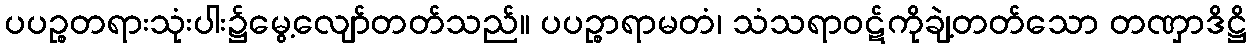
ပပဉ္စတရားသုံးပါး၌မွေ့လျော်တတ်သည်။ ပပဉ္စာရာမတံ၊ သံသရာဝဋ်ကိုချဲ့တတ်သော တဏှာဒိဋ္ဌိ